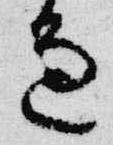
辺